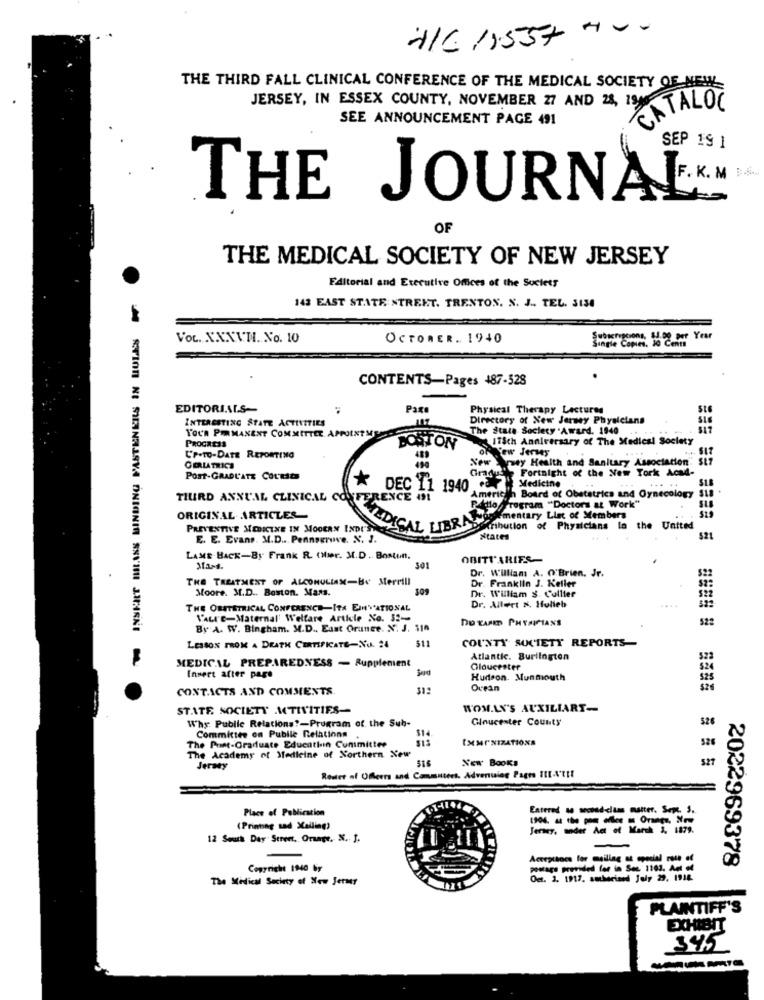
+/C /55+ + - -
THE THIRD FALL CLINICAL CONFERENCE OF THE MEDICAL SOCIETY OF NEW
JERSEY, IN ESSEX COUNTY, NOVEMBER 27 AND 28, 1986
CATALO
SEE ANNOUNCEMENT PAGE 491
SEP 19 1
THE JOURNALEKMEK
OF
THE MEDICAL SOCIETY OF NEW JERSEY
Faltorial and Executive Offices of the Society
WINSKILT MILANS BINDING FASTENKILS IN LULES W
143 EAST STATE STREET. TRENTON. N. J ., TEL. 3130
Vou. XXXVII. No. 10
OCTORER. 1940
Single Copies. Lo oo Year
CONTENTS-Pages 487-528
EDITORIALS-
Pax
Physical Therapy Lectures
INTERESTING STATE ACTIVITIES
Directory of New Jersey Physicians
The State Society . Award. 1940
YOUR PERMANENT COMMITTEE APPOINTME
PROGRESS
ITSch Anniversary of The Medical Society
BOSTON
CP-TO-DATE REPORTING
New rey Health and Sanitary Association"
GERLATRICE
Fortnight of the New York Acad-
Post-GRADUATE COURSES
* DEC 11 1940 .
American Board of Obstetrics and Gynecology
Medicine
TIURD ANNUAL CLINICAL CONFERENCE (91
Program "Doctors at Wor
ORIGINAL ARTICLES-
worementary Llac of Members
PREVENTIVE MOIKINE IN MOOCAN INDI'S
CAL LIBRAS
Atribution of Physicians to the United
E. E. Evans. M.D .. Pennagruve. N. J.
521
LAME BACK-By Frank R. (Mer. M.D. Bostun.
OBITUARIES-
301
Dr. William A. O'Brien, Jr.
THE TREATMENT OF ALCONULIAM-BY Merrill
Moore. M.D ., Boston. Mars.
Dr. Franklin J. Keller
Dr. William $ Collier
THE OBSTETRICAL CONFERENCE-ITA EIN''ATIONAL
Dr. Allert x. Hulieb
VALI'E-Maternal' Welfare Article No. 5 :-
DO YARED PHYSICIANS
By A. W. Bingham. M.D ., East Orunee. N. J. 110
522
511
COUNTY SOCIETY REPORTS-
LESSON FROM A DEATH CERTIFICATE-NO. 24
MEDICAL PREPAREDNESS - Rupplement
Atlantic. Burlington
Gloucester
Insert after page
Hudson. Munmouth
CONTACTS AND COMMENTS
Ouran
STATE SOCIETY MTIVITIES-
WOMAN'S AUXILIART-
Gloucester County
Why: Public Relations ?- Program of the Sub-
Committee on Pubile Relations
$1.
526
The Print-Graduate Educatiin Cunmittee
The Academy of Medicine of Northern New
New Books
527
Jersey
Router af Offerrs and Commuters. Advertising Pagro III.V'E !!
Place of Publication
Entered sa second-claas matter. Sept. S.
(Printing sad XCalling?
Jersey, ander Act of March 3. 1879.
12 Seus Day Street, Orange, N. J.
Accepttocs for maillag at special rate of
2022969378
Copyright 1940 by
poMags provided for in Sec 1103. Azt 44
The Medical Society of New Jersey
Oct. 3. 1917. authorised July 29. 1918.
PLAINTIFF'S
EXHIBIT
345